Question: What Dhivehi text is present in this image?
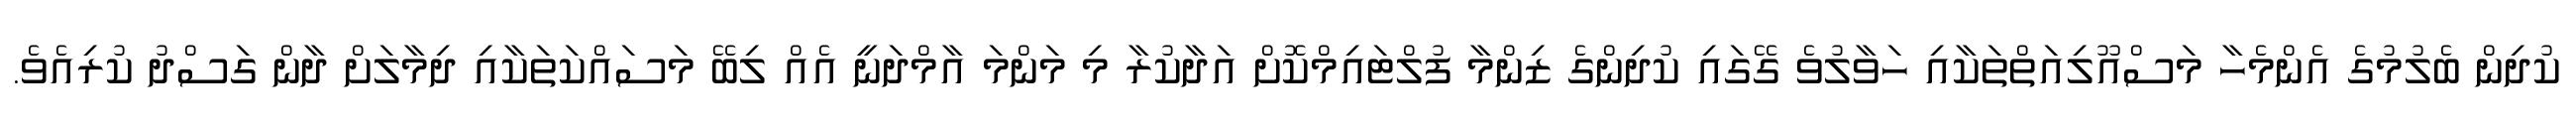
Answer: ކުދިން ބެލުމުގެ އެންމެހާ މަސްއޫލިއަތްތަކާއި ހަވާލުވެ ގޭގައި ކުދިންގެ ޒިންމާ ފުލްޓައިމްކޮށް އަދާކުރާ މި މަންމަ އާމްދަނީ އެއް ލިބޭ މަސައްކަތަކާއި ދިމާލަށް ދާން ގަސްދު ކުރިއެވެ.